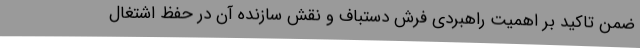
ضمن تاکید بر اهمیت راهبردی فرش دستباف و نقش سازنده آن در حفظ اشتغال